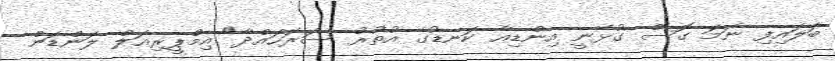
ބަލައިފި ނަމަ ގޮސް ގުޅޭނީ އިންޑިއާ ކަނޑުގެ އުތުރު ސަރަހައްދާ" އިމްޕީރިއަލް ލަންޑަން